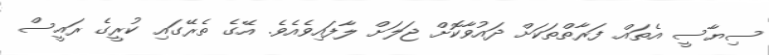
ސިޔާސީ އެތައް ފަރާތްތަކަށް ދައުވާކޮށް ޖަލަށް ލާފައިވެއެވެ. އޭގެ ތެރޭގައި ކުރީގެ ރައީސް